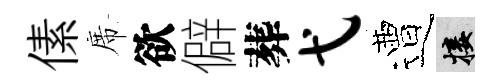
傃席欲僻葬弋遭接